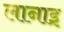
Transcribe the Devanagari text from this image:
लानाइ